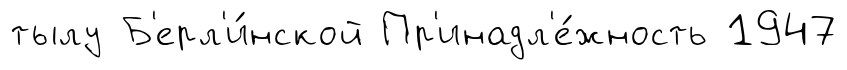
тылу Б'ерл'и́нской Пр'инадл'е́жность 1947